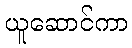
ယူဆောင်ကာ